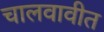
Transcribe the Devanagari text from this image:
चालवावीत